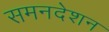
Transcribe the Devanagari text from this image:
समनदेशन